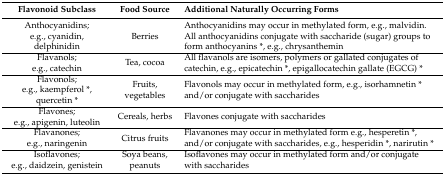
| Flavonoid Subclass | Food Source | Additional Naturally Occurring Forms |
 | --- | --- | --- |
 | Anthocyanidins; e.g., cyanidin, delphinidin | Berries | Anthocyanidins may occur in methylated form, e.g., malvidin. All anthocyanidins conjugate with saccharide (sugar) groups to form anthocyanins *, e.g., chrysanthemin |
 | Flavanols; e.g., catechin | Tea, cocoa | All flavanols are isomers, polymers or gallated conjugates of catechin, e.g., epicatechin *, epigallocatechin gallate (EGCG) * |
 | Flavonols; e.g., kaempferol *, quercetin * | Fruits, vegetables | Flavonols may occur in methylated form, e.g., isorhamnetin * and/or conjugate with saccharides |
 | Flavones; e.g., apigenin, luteolin | Cereals, herbs | Flavones conjugate with saccharides |
 | Flavanones; e.g., naringenin | Citrus fruits | Flavanones may occur in methylated form e.g., hesperetin *, and/or conjugate with saccharides, e.g., hesperidin *, narirutin * |
 | Isoflavones; e.g., daidzein, genistein | Soya beans, peanuts | Isoflavones may occur in methylated form and/or conjugate with saccharides |